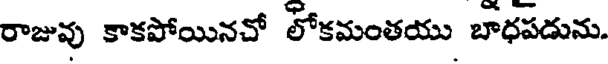
రాజువు కాకపోయినచో లోకమంతయు బాధపడును.